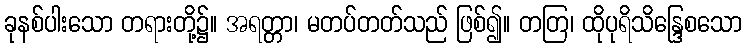
ခုနစ်ပါးသော တရားတို့၌။ အရတ္တာ၊ မတပ်တတ်သည် ဖြစ်၍။ တတြ၊ ထိုပုရိသိန္ဒြေစသော